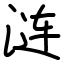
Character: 涟